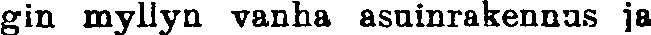
gin myllyn vanha asuinrakennus ja